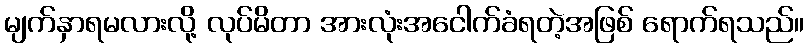
မျက်နှာရမလားလို့ လုပ်မိတာ အားလုံးအငေါက်ခံရတဲ့အဖြစ် ရောက်ရသည်။